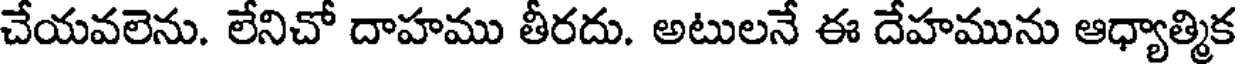
చేయవలెను. లేనిచో దాహము తీరదు. అటులనే ఈ దేహమును ఆధ్యాత్మిక